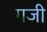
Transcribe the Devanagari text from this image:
गजी